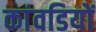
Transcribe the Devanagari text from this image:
कांवडियों